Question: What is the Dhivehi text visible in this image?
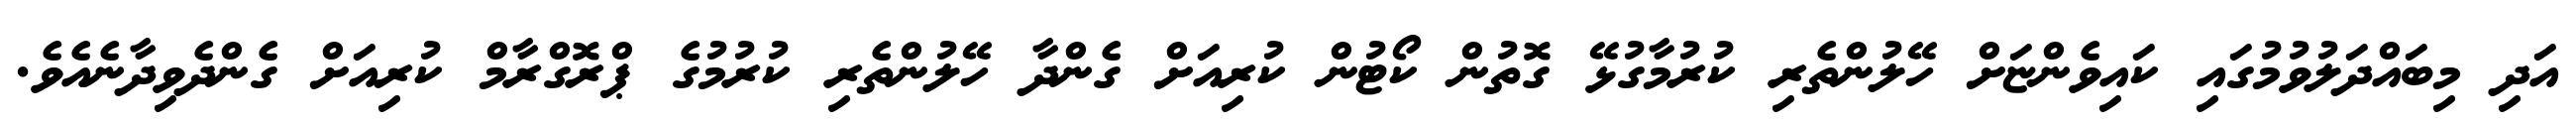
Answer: އަދި މިބައްދަލުވުމުގައި ކައިވެންޏަށް ހޭލުންތެރި ކުރުމާގުޅޭ ގޮތުން ކޯޓުން ކުރިއަށް ގެންދާ ހޭލުންތެރި ކުރުމުގެ ޕްރޮގްރާމް ކުރިއަށް ގެންދެވިދާނެއެވެ.